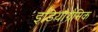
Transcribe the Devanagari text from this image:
इडियोग्रैमिक